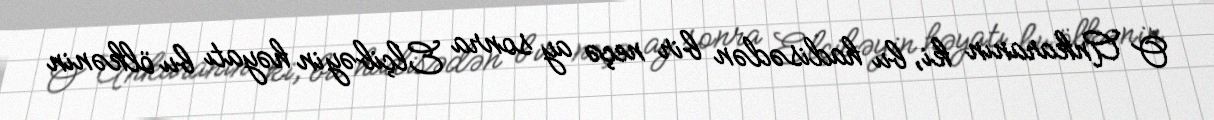
O Ankaranın ki, bu hadisədən bir neçə ay sonra Elçibəyin həyatı bu ölkənin